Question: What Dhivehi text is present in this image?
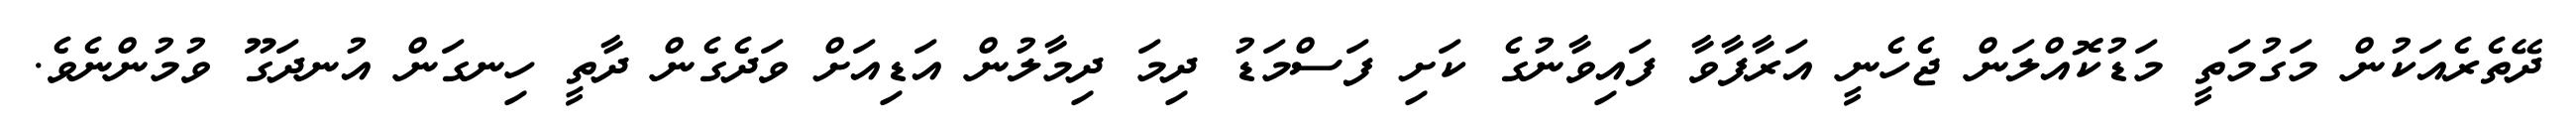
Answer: ދޭތެރެއަކުން މަގުމަތީ މަޑުކޮއްލަން ޖެހެނީ އަރާފާވާ ފައިވާނުގެ ކަށި ފަސްމަޑު ދިމަ ދިމާލުން އަޑިއަށް ވަދެގެން ދާތީ ހިނގަން އުނދަގޫ ވުމުންނެވެ.